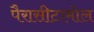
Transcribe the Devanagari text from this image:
पैरासीटामोल